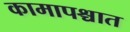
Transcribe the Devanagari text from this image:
कामापश्चात